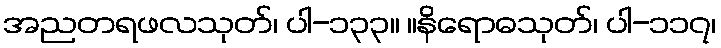
အညတရဖလသုတ်၊ ပါ-၁၃၃။ ။နိရောဓသုတ်၊ ပါ-၁၁၇၊